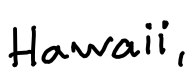
Text: Hawaii,
Cross-out: clean
Writing tool: digital_black